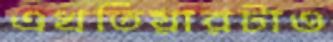
এখতিয়ারটাও